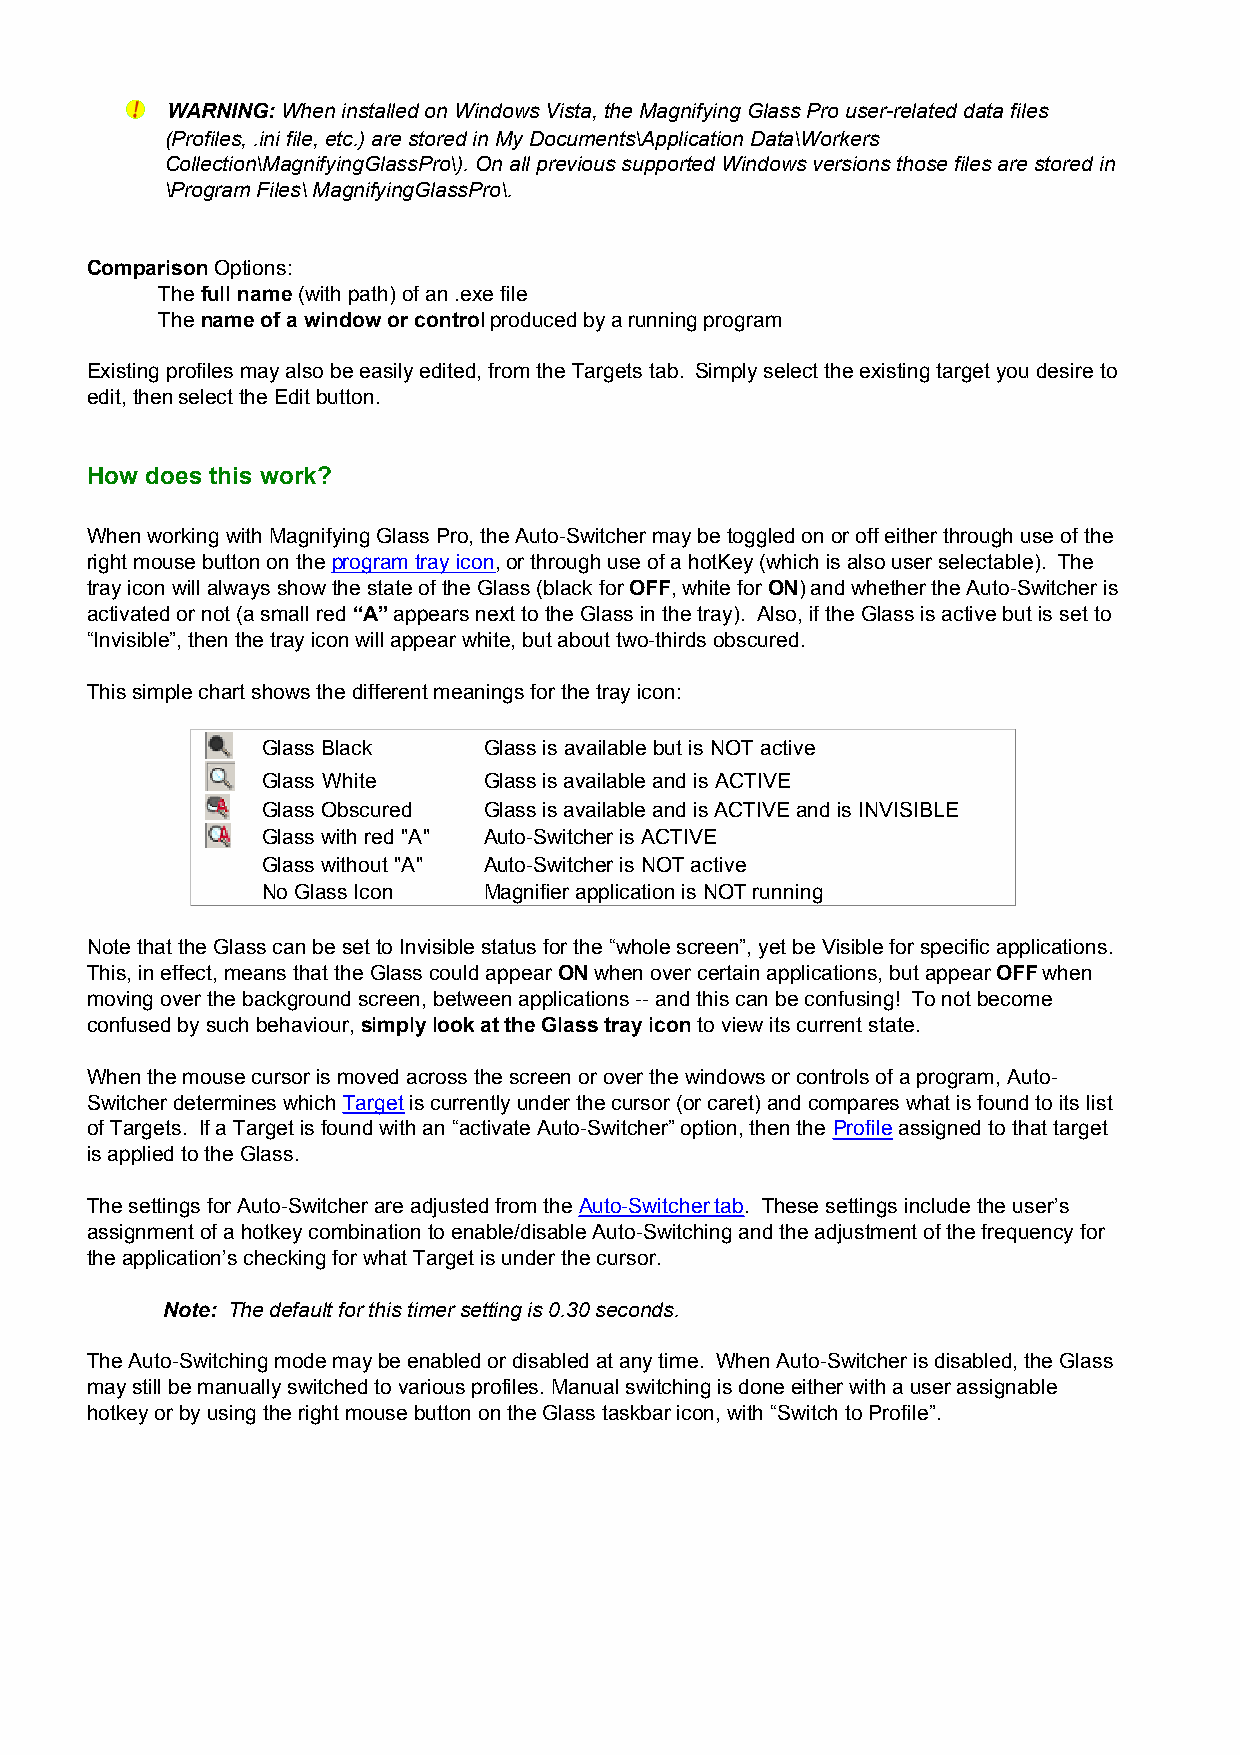
WARNING: When installed on Windows Vista, the Magnifying Glass Pro user-related data files
 (Profiles, .ini file, etc.) are stored in My Documents\Application Data\Workers
 Collection\MagnifyingGlassPro\). On all previous supported Windows versions those files are stored in
 \Program Files\ MagnifyingGlassPro\.
 Comparison Options:
 The full name (with path) of an .exe file
 The name of a window or control produced by a running program
 Existing profiles may also be easily edited, from the Targets tab. Simply select the existing target you desire to
 edit, then select the Edit button.
 How does this work?
 When working with Magnifying Glass Pro, the Auto-Switcher may be toggled on or off either through use of the
 right mouse button on the program tray icon, or through use of a hotKey (which is also user selectable). The
 tray icon will always show the state of the Glass (black for OFF, white for ON) and whether the Auto-Switcher is
 activated or not (a small red “A” appears next to the Glass in the tray). Also, if the Glass is active but is set to
 “Invisible”, then the tray icon will appear white, but about two-thirds obscured.
 This simple chart shows the different meanings for the tray icon:
 Glass Black    Glass is available but is NOT active
 Glass White    Glass is available and is ACTIVE
 Glass Obscured Glass is available and is ACTIVE and is INVISIBLE
 Glass with red "A" Auto-Switcher is ACTIVE
 Glass without "A" Auto-Switcher is NOT active
 No Glass Icon  Magnifier application is NOT running
 Note that the Glass can be set to Invisible status for the “whole screen”, yet be Visible for specific applications.
 This, in effect, means that the Glass could appear ON when over certain applications, but appear OFF when
 moving over the background screen, between applications -- and this can be confusing! To not become
 confused by such behaviour, simply look at the Glass tray icon to view its current state.
 When the mouse cursor is moved across the screen or over the windows or controls of a program, Auto-
 Switcher determines which Target is currently under the cursor (or caret) and compares what is found to its list
 of Targets. If a Target is found with an “activate Auto-Switcher” option, then the Profile assigned to that target
 is applied to the Glass.
 The settings for Auto-Switcher are adjusted from the Auto-Switcher tab. These settings include the user’s
 assignment of a hotkey combination to enable/disable Auto-Switching and the adjustment of the frequency for
 the application’s checking for what Target is under the cursor.
 Note: The default for this timer setting is 0.30 seconds.
 The Auto-Switching mode may be enabled or disabled at any time. When Auto-Switcher is disabled, the Glass
 may still be manually switched to various profiles. Manual switching is done either with a user assignable
 hotkey or by using the right mouse button on the Glass taskbar icon, with “Switch to Profile”.